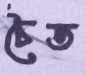
চৈত